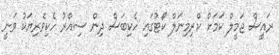
ރައީސް ޖަމީލް ކަމަށް ކްރިމިނަލް ކޯޓުގައި ހެކިބަސް ދިން ސިއްރު ހެކިވެރިޔަކު ވަނީ